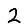
Digit: 2